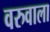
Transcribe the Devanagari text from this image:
वरुवाला